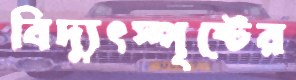
বিদ্যুৎস্পৃষ্টের